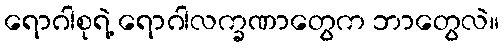
ရောဂါစုရဲ့ ရောဂါလက္ခဏာတွေက ဘာတွေလဲ။